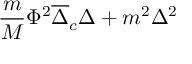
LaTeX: { \frac { m } { M } } \Phi ^ { 2 } \overline { { \Delta } } _ { c } \Delta + m ^ { 2 } \Delta ^ { 2 }